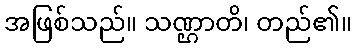
အဖြစ်သည်။ သဏ္ဌာတိ၊ တည်၏။